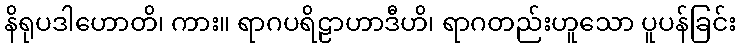
နိရုပဒါဟောတိ၊ ကား။ ရာဂပရိဠာဟာဒီဟိ၊ ရာဂတည်းဟူသော ပူပန်ခြင်း